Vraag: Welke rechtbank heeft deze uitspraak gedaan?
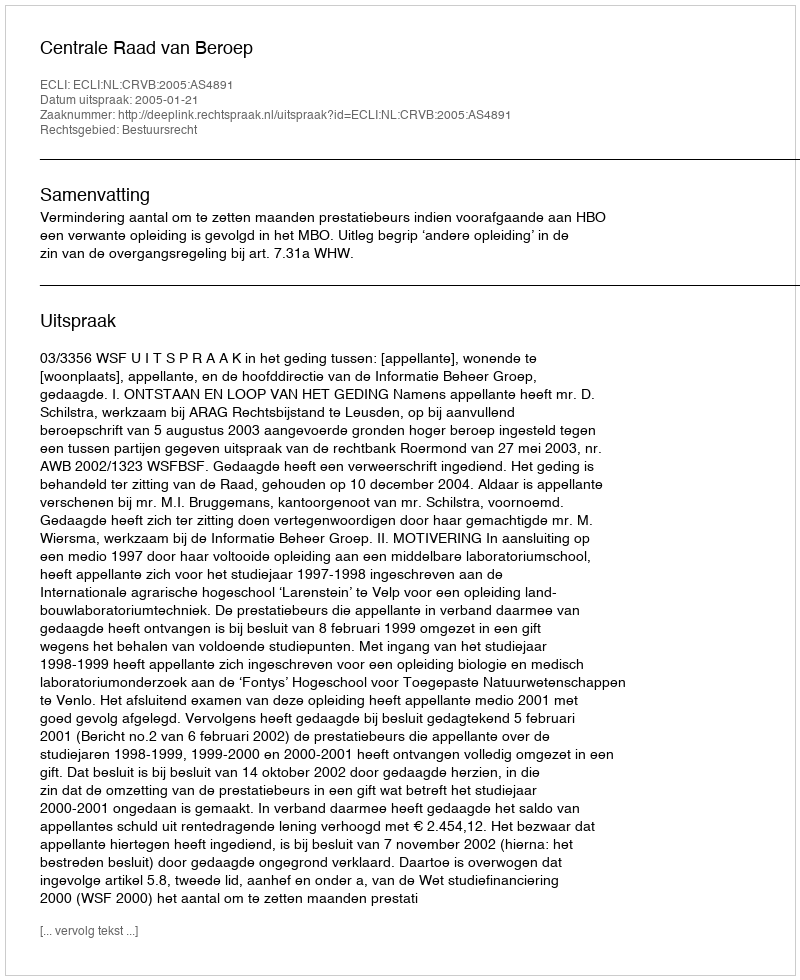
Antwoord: Centrale Raad van Beroep